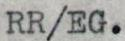
RR/EG.